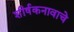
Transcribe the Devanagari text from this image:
शीर्षकनावाचे